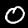
Digit: 0